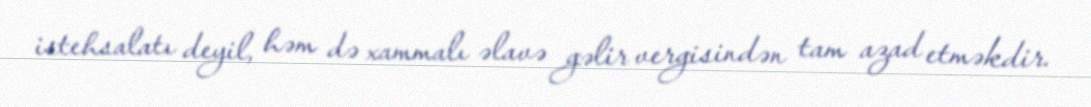
istehsalatı deyil, həm də xammalı əlavə gəlir vergisindən tam azad etməkdir.